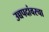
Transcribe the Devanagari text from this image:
उच्चपदांवरचा